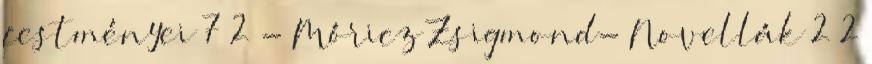
festményei 7 2 - Móricz Zsigmond- Novellák 2 2